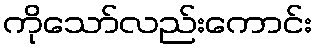
ကိုသော်လည်းကောင်း